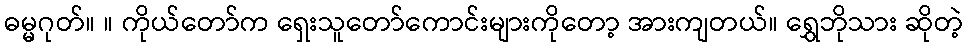
ဓမ္မဂုတ်။ ။ ကိုယ်တော်က ရှေးသူတော်ကောင်းများကိုတော့ အားကျတယ်။ ရွှေဘိုသား ဆိုတဲ့